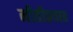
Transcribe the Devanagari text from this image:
नीतीप्रवाह